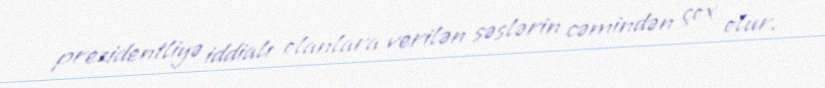
prezidentliyə iddialı olanlara verilən səslərin cəmindən çox olur.